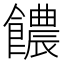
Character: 𩟊